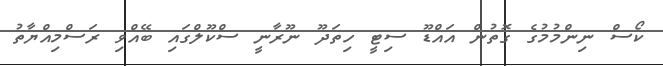
ކޯސް ނިންމުމުގެ ގޮތުން އައްޑޫ ސިޓީ ހިތަދޫ ނޫރާނީ ސްކޫލްގައި ބޭއްވި ރަސްމިއްޔާތު